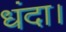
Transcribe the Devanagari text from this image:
धंदा।